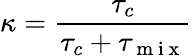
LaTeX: \kappa=\frac{\tau_{c}}{\tau_{c}+\tau_{\mathrm{~m~i~x~}}}